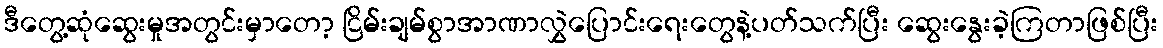
ဒီတွေ့ဆုံဆွေးမှုအတွင်းမှာတော့ ငြိမ်းချမ်စွာအာဏာလွှဲပြောင်းရေးတွေနဲ့ပတ်သက်ပြီး ဆွေးနွေးခဲ့ကြတာဖြစ်ပြီး